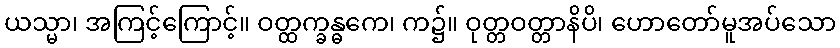
ယသ္မာ၊ အကြင့်ကြောင့်။ ဝတ္ထက္ခန္ဓကေ၊ က၌။ ဝုတ္တဝတ္တာနိပိ၊ ဟောတော်မူအပ်သော